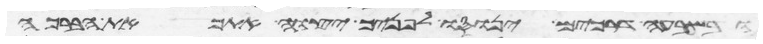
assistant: ובשבעה דרכים ינוסו לפניך יצוה יהוה אתך את הברכה